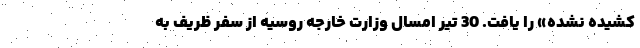
کشیده نشده» را یافت. 30 تیر امسال وزارت خارجه روسیه از سفر ظریف به